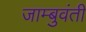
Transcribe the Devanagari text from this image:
जाम्बुवंती